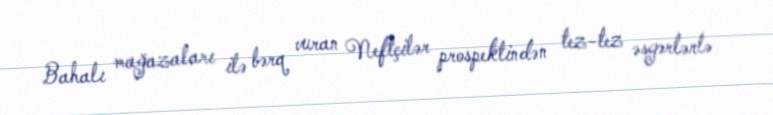
Bahalı mağazaları ilə bərq vuran Neftçilər prospektindən tez-tez əsgərlərlə